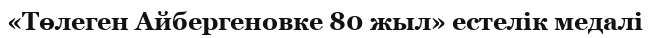
«Төлеген Айбергеновке 80 жыл» естелік медалі